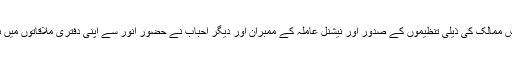
متعدد افسرانِ صیغہ جات، بعض ممالک کی ذیلی تنظیموں کے صدور اور نیشنل عاملہ کے ممبران اور دیگر احباب نے حضورِ انور سے اپنی دفتری ملاقاتوں میں ہدایات اور رہنمائی حاصل کی۔